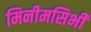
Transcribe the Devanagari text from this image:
मिनीमसिभी